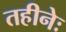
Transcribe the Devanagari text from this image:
तहीनेः